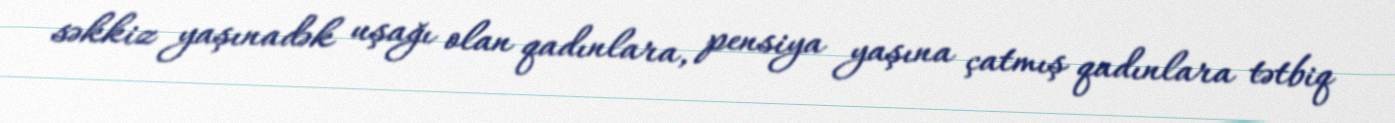
səkkiz yaşınadək uşağı olan qadınlara, pensiya yaşına çatmış qadınlara tətbiq